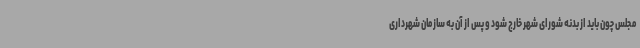
مجلس چون باید از بدنه شورای شهر خارج شود و پس از آن به سازمان شهرداری